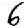
Digit: 6